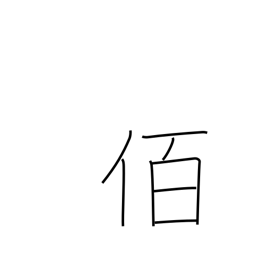
Meaning: leader of 100 men